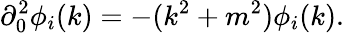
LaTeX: \partial_{0}^{2}\phi_{i}(k)=-(k^{2}+m^{2})\phi_{i}(k).